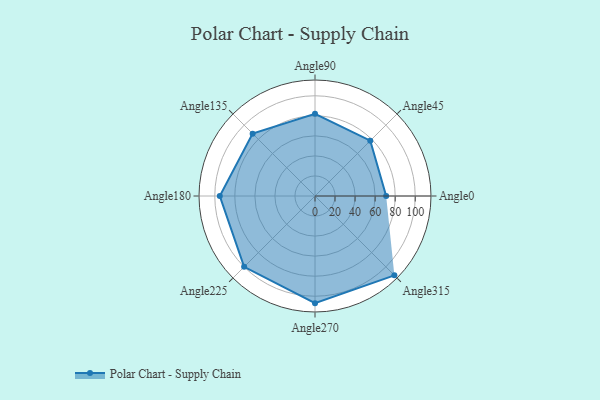
{"axis": {"x": "Angle", "y": "Radius"}, "legend": [""], "data": [{"x": "Angle0", "y": 71.0, "type": ""}, {"x": "Angle45", "y": 78.0, "type": ""}, {"x": "Angle90", "y": 82.0, "type": ""}, {"x": "Angle135", "y": 88.0, "type": ""}, {"x": "Angle180", "y": 95.0, "type": ""}, {"x": "Angle225", "y": 100.0, "type": ""}, {"x": "Angle270", "y": 107.0, "type": ""}, {"x": "Angle315", "y": 112.0, "type": ""}]}